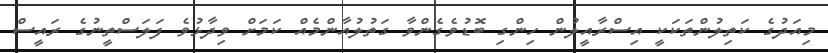
މިއަދުގެ ކަތިލުންތަކަކީ އިސްރާއީލުން ހިންގި ބޮޑުވެގެންވާ ގަތުލުއާންމެއް ކަމަށް ވިދާޅުވެ ފަލަސްތީނުގެ ރައީސް